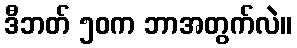
ဒီဘတ် ၅၀က ဘာအတွက်လဲ။